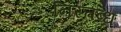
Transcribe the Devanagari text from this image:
निस्तब्ध